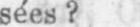
sées?